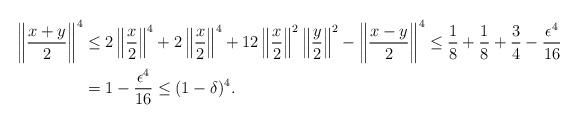
LaTeX: \begin{align*} \left\|\frac{x+y}{2}\right\|^4&\leq 2\left\|\frac{x}{2}\right\|^4+2\left\|\frac{x}{2}\right\|^4+12\left\|\frac{x}{2}\right\|^2 \left\|\frac{y}{2}\right\|^2-\left\|\frac{x-y}{2}\right\|^4\leq \frac{1}{8}+\frac{1}{8}+\frac{3}{4}-\frac{\epsilon^4}{16}\\ &=1-\frac{\epsilon^4}{16}\leq (1-\delta)^4.\end{align*}